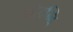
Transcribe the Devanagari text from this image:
गोवन्दि